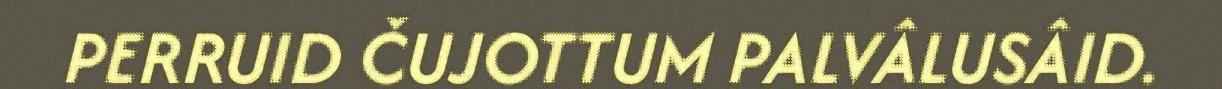
PERRUID ČUJOTTUM PALVÂLUSÂID.